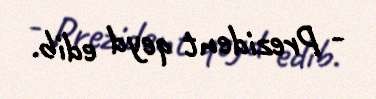
- Prezident qeyd edib.